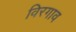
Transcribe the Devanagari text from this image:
विरगाव